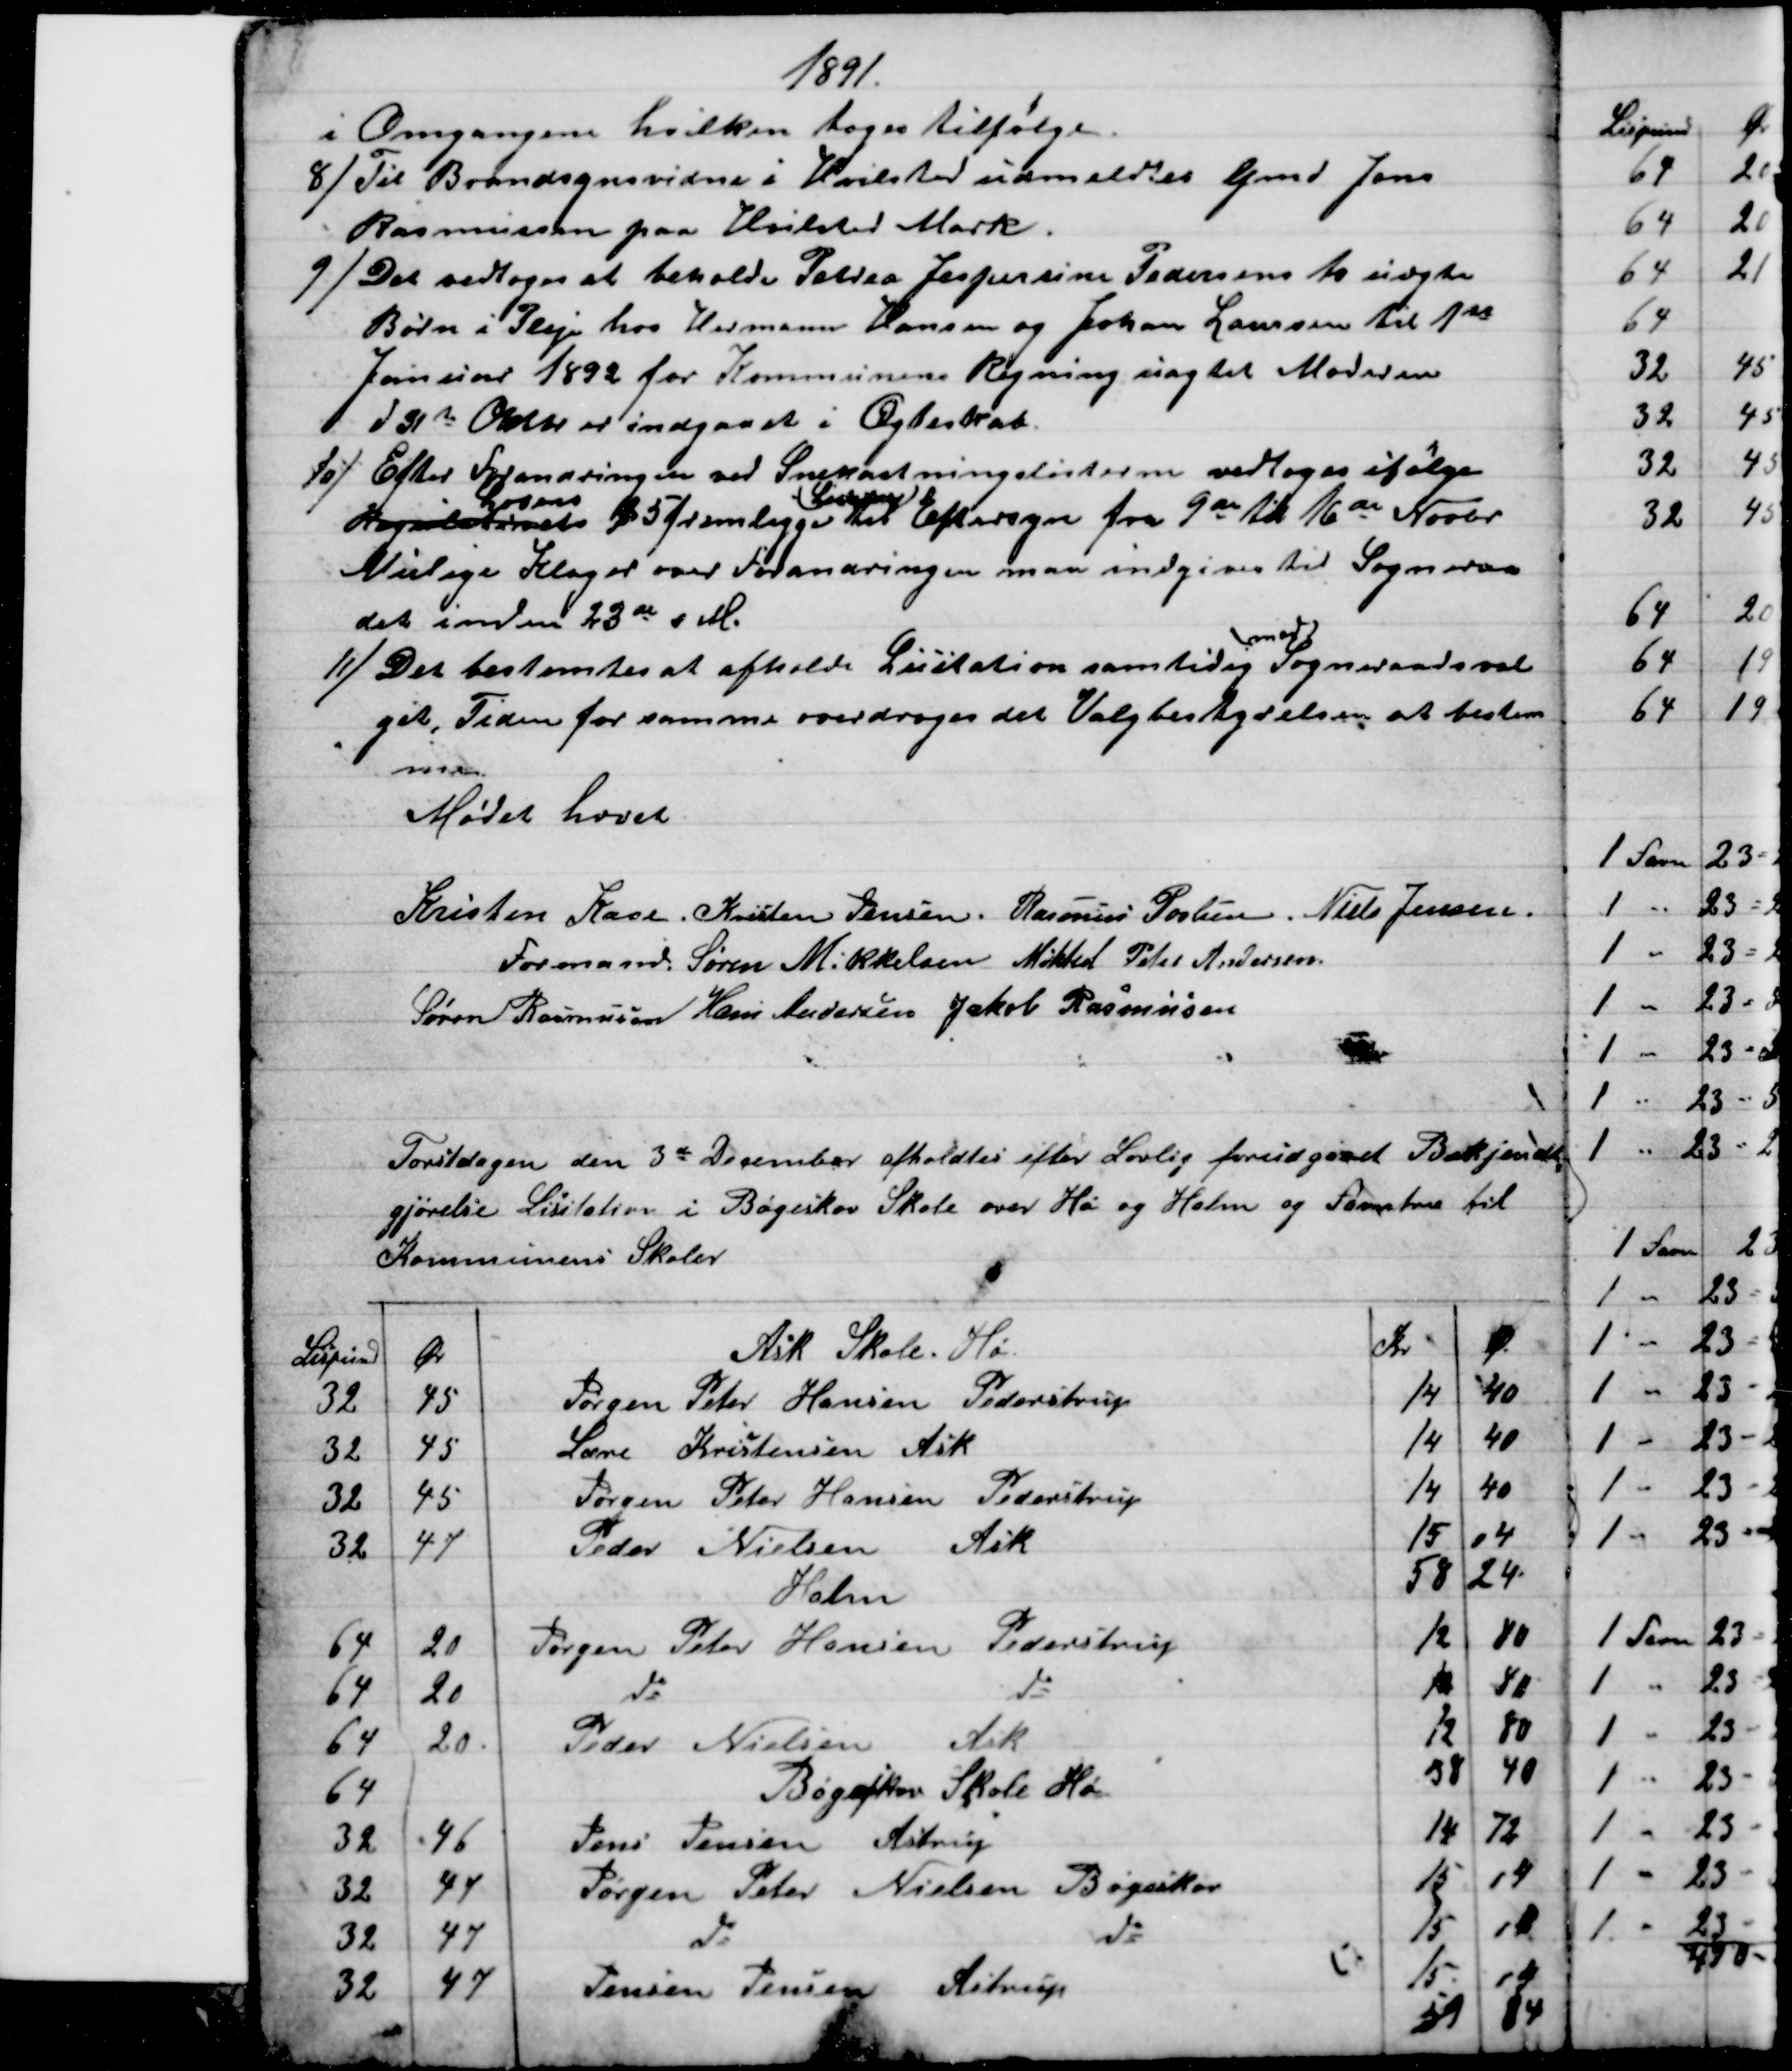
Transskription:
1891.
i Omgangen hvilken toges tilfølge.
8) 
Til Brandsynsvidne i Hvilsted udmeldtes Gmd Jens
Rasmussen paa Hvilsted Mark.
9) 
 Det vedtoges at beholde Petrea Jespersine Pedersens to uægte
Børn i Pleje hos Hermann Hansen og Johan Laursen til 1st
Januar 1892 for Kommunens Regning uagtet Moderen
d 31te Oktbr er indgaaet i Ægteskab.
10)
 Efter Forandringen ved Snekastningslisterne vedtoges ifølge
Højesterets 
Lovens
§ 5 fremligge 
Listerne
til Eftersyn fra 9de til 16de Novbr.
Mulige Klager over Forandringen maa indgives til Sogneraa
det inden 23de s M.
11)
Det bestemtes at afholde Lisitation samtidig 
med
Sogneraadsval
get, Tiden for samme overdroges det Valgbestyrelsen at bestem
me.
Mødet hævet
Kristen Kaae. 
Formand. 
Kristen Jensen. Rasmus Povlsen. Niels Jensen.
Søren Mikkelsen Mikkel Peter Andersen
Søren Rasmussen Hans Andersen Jakob Rasmussen
Torstdagen den 3de December afholdtes efter Lovlig forudgaaet Bekjendt
=
gjørelse Lisitation i Bøgeskov Skole over Hø og Halm og Favntræ til
Kommunens Skoler
Lispund
Ør
Ask Skole. Hø
Kr
Ø.
32
45
Jørgen Peter Hansen Pederstrup
14
40
32
45
Lære Kristensen Ask
14
40
32
45
Jørgen Peter Hansen Pederstrup
14
40
32
47
Peder Nielsen 
Ask
15
04
Halm
58
24
64
20
Jørgen Peter Hansen Pederstrup
12
80
64
20
do 
do
12
80
64
20
Peder Nielsen 
Ask
12
80
64
Bøgeskov Skole Hø
38
40
32
46
Jens Jensen 
Astrup
14
72
32
47
Jørgen Peter Nielsen Bøgeskov
15
04
32
47
do 
do
15
04
32
47
Jensen Jensen Astrup
15
04
59
84